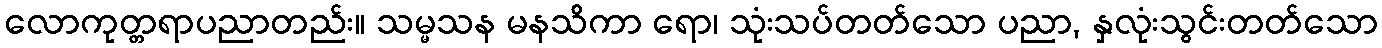
လောကုတ္တရာပညာတည်း။ သမ္မသန မနသိကာ ရော၊ သုံးသပ်တတ်သော ပညာ, နှလုံးသွင်းတတ်သော